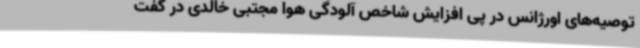
توصیه‌های اورژانس در پی افزایش شاخص آلودگی هوا مجتبی خالدی در گفت